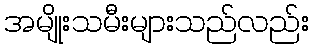
အမျိုးသမီးများသည်လည်း